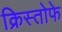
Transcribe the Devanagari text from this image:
क्रिस्तोफे